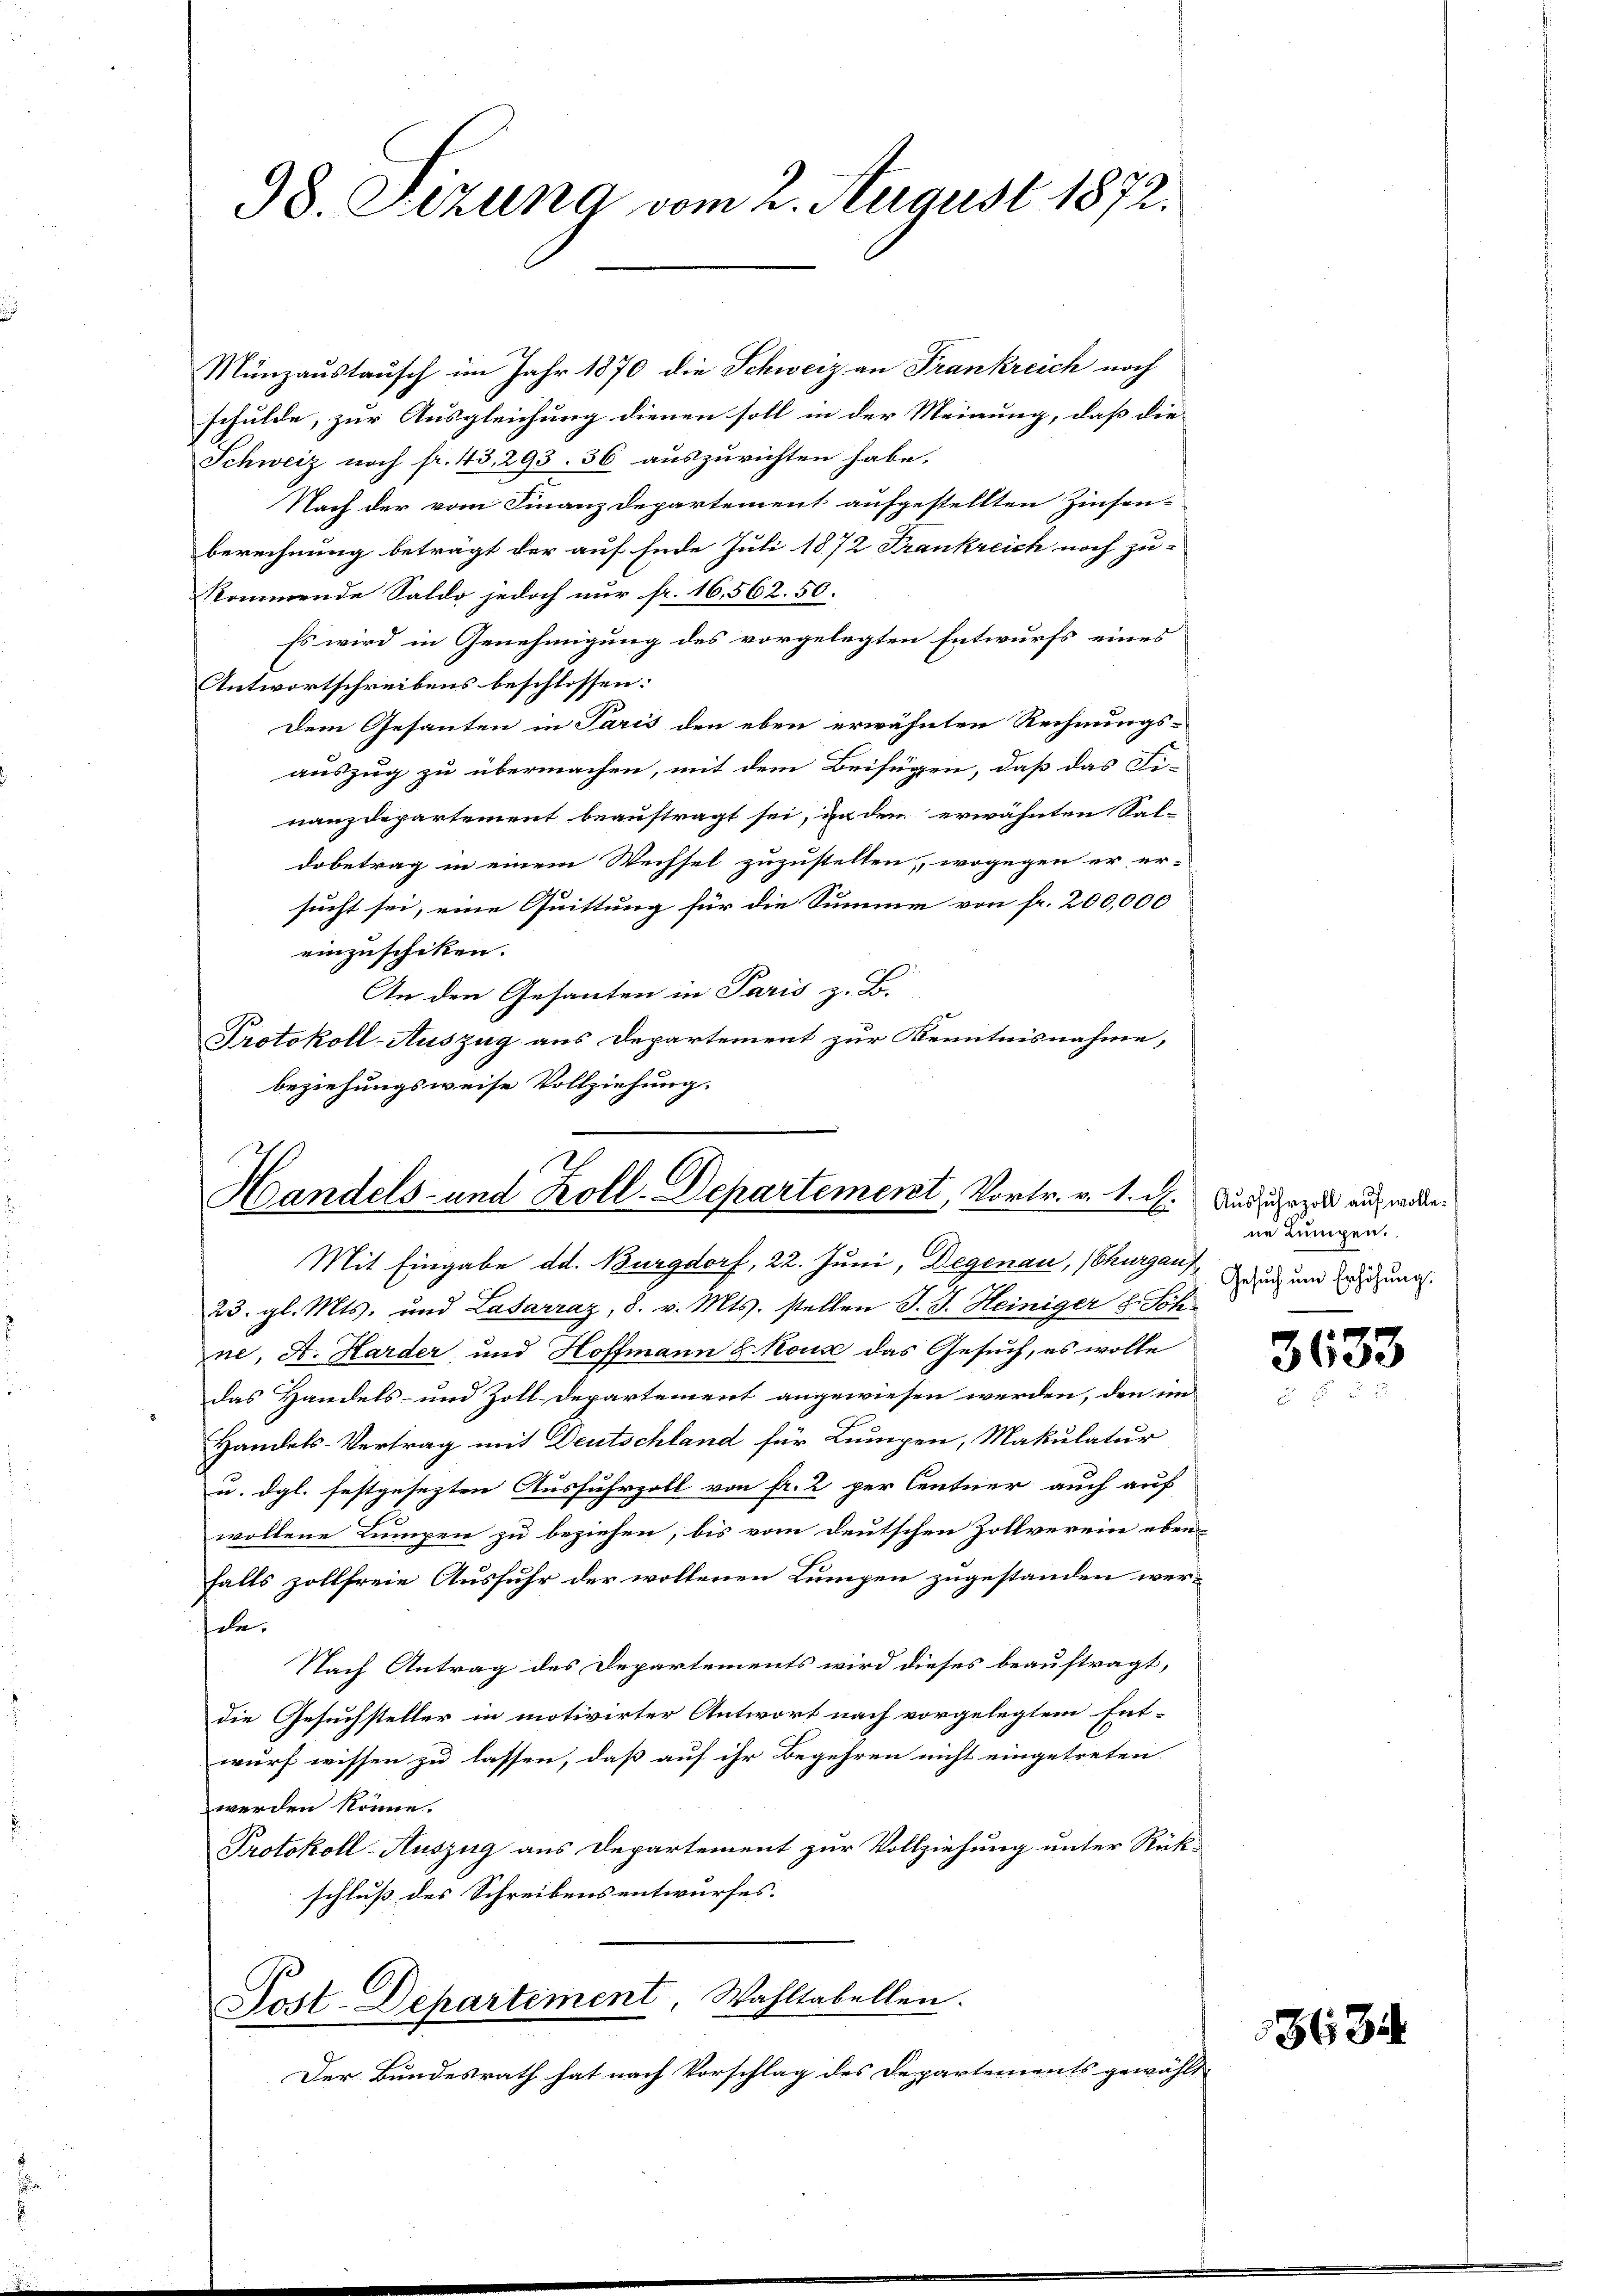
98. Sizung vom 2. August 1872.

Münzaustausch im Jahr 1870 die Schweiz an Frankreich noch
schulde, zur Ausgleichung dienen soll in der Meinung, daß die
Schweiz noch fr. 43, 293. 36 auszurichten habe.
Nach der vom Finanzdepartement aufgestellten Zinsen-
berechnung beträgt der auf Ende Juli 1872 Frankreich noch zu-
kommende Saldo jedoch nur fr. 16. 562. 50.
Es wird in Genehmigung des vorgelegten Entwurfs eines
Antwortschreibens beschlossen:
Dem Gesanten in Paris den eben erwähnten Rechnungs-
auszug zu übermachen, mit dem Beifügen, daß das Fi-
nanzdepartement beauftragt sei, in den erwähnten Sal-
dobetrag in einem Wechsel zuzustellen, wogegen er er-
sucht sei, eine Quittung für die Summe von fr. 200,000
einzuschiken.
An den Gesanten in Paris z. B.
Protokoll-Auszug aus Departement zur Kenntnisnahme,
beziehungsweise Vollziehung.

Handels- und Koll-Departement, Vortr. v. 1. d.

Mit Eingabe dd. Burgdorf, 22. Juni, Degenau, Thurgauf
23. gl. Mts. und Lasarraz, 8. v. Mts. stellen J. J. Heiniger 8. Sch
ne, A. Harder, und Hoffmann & Kouse das Gesuch, es wolle
das Handels- und Zoll-Departement angewiesen werden, den im
Handels-Vertrag mit Deutschland für Lumpen, Makulatur
u. dgl. festgesezten Ausfuhrzoll von fr. 2. per Centner auch auf
wollene Lumpen zu beziehen, bis vom deutschen Zollverein eben
falls zollfreie Ausfuhr der wollenen Lumpen zugestanden wersee,
Nach Antrag des Departements wird dieses beauftragt,
die Gesuchsteller in motivirter Antwort nach vorgelegtem Ent-
wurf wissen zu lassen, daß auf ihr Begehren nicht eingetreten
werden könne.
Protokoll-Auszug aus Departement zur Vollziehung unter Rückschluß des Schreibens entwurfes. |

Post-Departement Wahltabellen.

Der Bundesrath hat nach Vorschlag des Departements gewählt

Ausfuhrzoll auf wolle.
ne Lumpen.
Gesuch um Erhöhung.

3633

3634